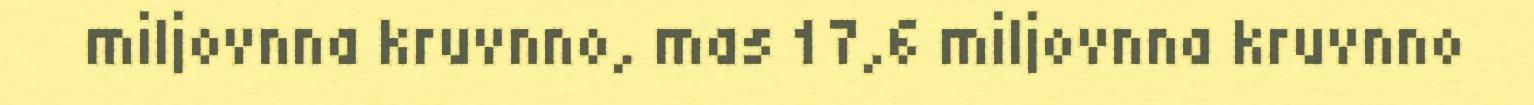
miljovnna kruvnno, mas 17,6 miljovnna kruvnno